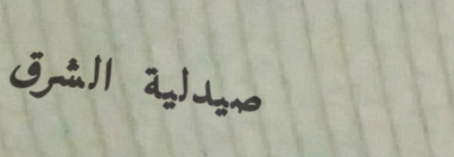
صيدلية الشرق